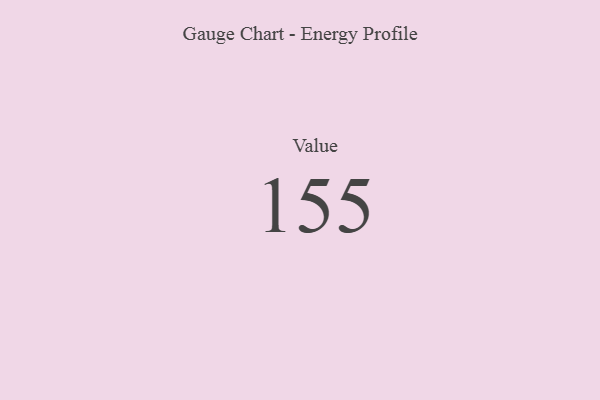
{"axis": {"x": "Metric", "y": "Value"}, "legend": [""], "data": [{"x": "Value", "y": 155, "type": ""}]}